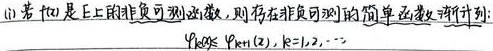
(1) 若$f$是E上的非负可测函数，则存在非负可测的简单函数渐升列：
\[\varphi_{k}(x) \leqslant \varphi_{k + 1}(x),k = 1,2,\cdots\]